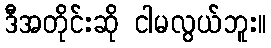
ဒီအတိုင်းဆို ငါမလွယ်ဘူး။